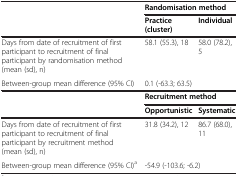
|  | <COLSPAN=2> Randomisation method |
 | --- | --- | --- |
 |  | Practice (cluster) | Individual |
 | Days from date of recruitment of first participant to recruitment of final participant by randomisation method (mean (sd), n) | 58.1 (55.3), 18 | 58.0 (78.2), 5 |
 | Between-group mean difference (95% CI) | <COLSPAN=2> 0.1 (-63.3; 63.5) |
 |  | <COLSPAN=2> Recruitment method |
 |  | Opportunistic | Systematic |
 | Days from date of recruitment of first participant to recruitment of final participant by recruitment method (mean (sd), n) | 31.8 (34.2), 12 | 86.7 (68.0), 11 |
 | Between-group mean difference (95% CI)a | <COLSPAN=2> -54.9 (-103.6; -6.2) |